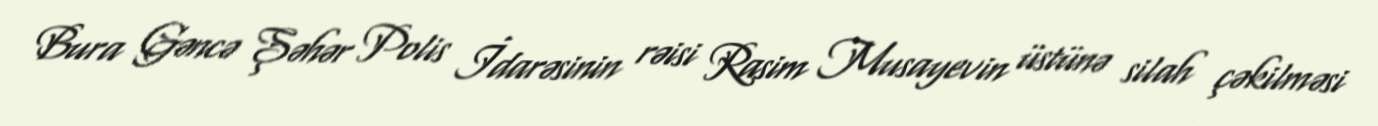
Bura Gəncə Şəhər Polis İdarəsinin rəisi Rasim Musayevin üstünə silah çəkilməsi